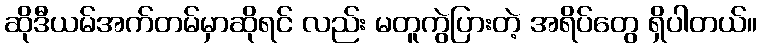
ဆိုဒီယမ်အက်တမ်မှာဆိုရင် လည်း မတူကွဲပြားတဲ့ အရိပ်တွေ ရှိပါတယ်။